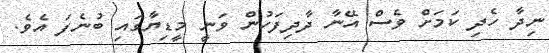
ނިދާ ހެދި ކަމަށް ވެސް އޭނާ ދާދިފަހުން ވަނީ މީޑިޔާގައި ބުނެފަ އެވެ.